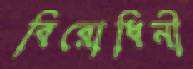
বিরোধিনী